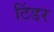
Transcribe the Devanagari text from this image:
टिंडर